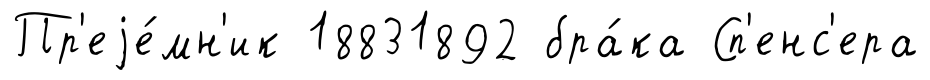
Пр'еjе́мн'ик 18831892 бра́ка Сп'енс'ера